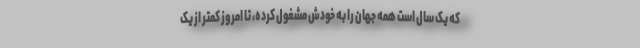
که یک سال است همه جهان را به خودش مشغول کرده، تا امروز کمتر از یک